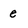
Character: e